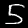
Digit: 5